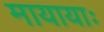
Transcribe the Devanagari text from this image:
मायायाः